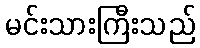
မင်းသားကြီးသည်